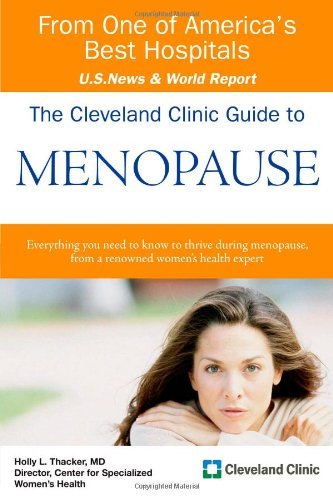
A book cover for The Cleveland Clinic Guide to Menopause (Cleveland Clinic Guides) [Paperback] [2009] (Author) Holly L Thacker MD; Health, Fitness & Dieting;